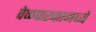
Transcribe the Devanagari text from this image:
वेळफरकामध्ये